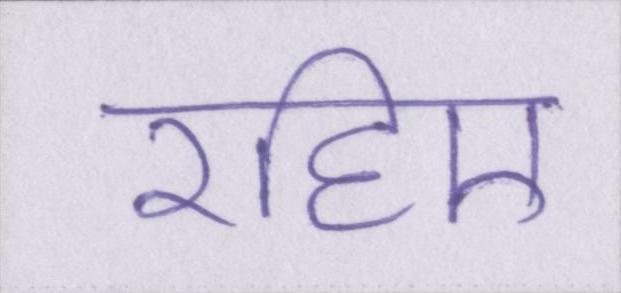
रहिए